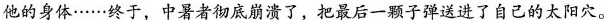
他的身体……终于，中暑者彻底崩溃了，把最后一颗子弹送进了自己的太阳穴。